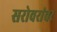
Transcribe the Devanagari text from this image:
सरोवरांवर